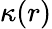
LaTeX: \kappa(r)